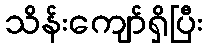
သိန်းကျော်ရှိပြီး